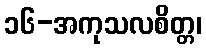
၁၆-အကုသလစိတ္တ၊